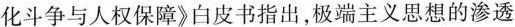
化斗争与人权保障》白皮书指出，极端主义思想的渗透